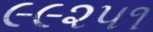
૯૯૨૫૧